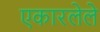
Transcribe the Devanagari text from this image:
एकारलेले